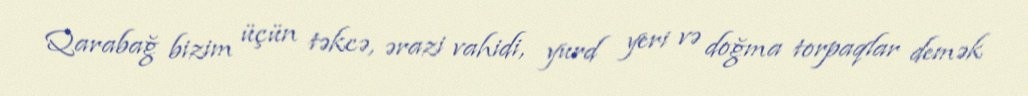
Qarabağ bizim üçün təkcə, ərazi vahidi, yurd yeri və doğma torpaqlar demək